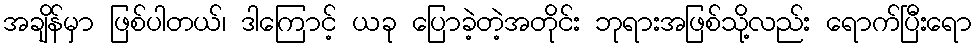
အချိန်မှာ ဖြစ်ပါတယ်၊ ဒါကြောင့် ယခု ပြောခဲ့တဲ့အတိုင်း ဘုရားအဖြစ်သို့လည်း ရောက်ပြီးရော